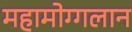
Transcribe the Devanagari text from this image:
महामोग्गलान